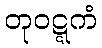
တုဝဋ္ဋကံ